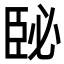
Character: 𦣥